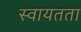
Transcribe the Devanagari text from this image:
स्‍वायतता